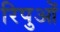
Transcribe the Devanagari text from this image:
रिपुओं